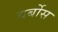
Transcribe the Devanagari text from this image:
वर्बोस